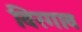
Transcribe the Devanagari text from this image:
विरगाव